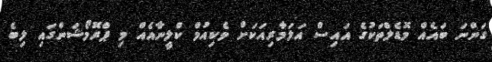
ގަންނަ ބައެއް މޮޑެލްތަކުގެ އައިސް އަލަމާރިއަކަށް ވެކިއުމް ކްލީނާއެއް މި ޕްރޮމޯޝަންގައި ލިބެ